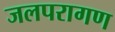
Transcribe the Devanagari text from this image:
जलपरागण